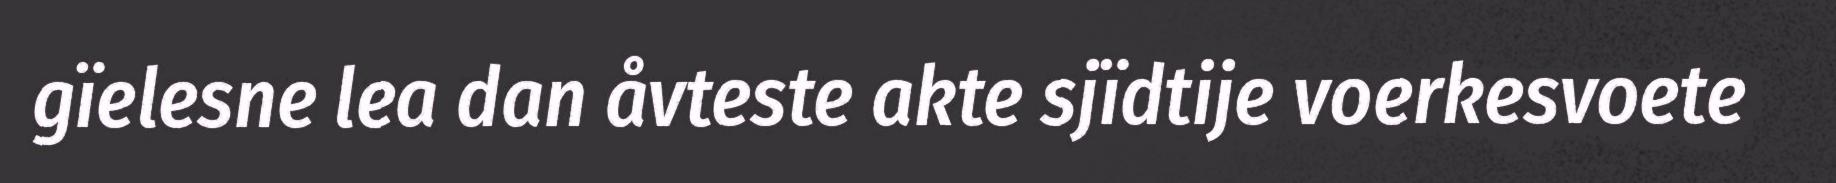
gïelesne lea dan åvteste akte sjïdtije voerkesvoete